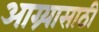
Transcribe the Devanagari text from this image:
आग्र्यासाठी